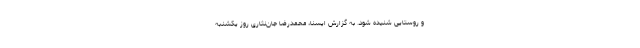
و روستایی شنیده شود. به گزارش ایسنا، محمدرضا جان‌نثاری روز یکشنبه